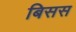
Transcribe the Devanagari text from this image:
बिसस